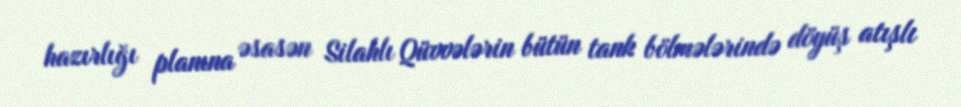
hazırlığı planına əsasən Silahlı Qüvvələrin bütün tank bölmələrində döyüş atışlı